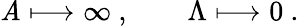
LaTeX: \mathit{A}\longmapsto\infty\ ,\qquad\Lambda\longmapsto0\ .